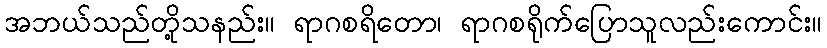
အဘယ်သည်တို့သနည်း။ ရာဂစရိတော၊ ရာဂစရိုက်ပြောသူလည်းကောင်း။